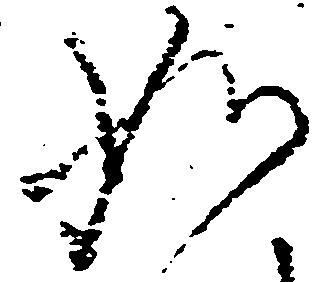
如